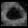
Digit: ၀